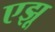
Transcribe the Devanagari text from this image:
एझू